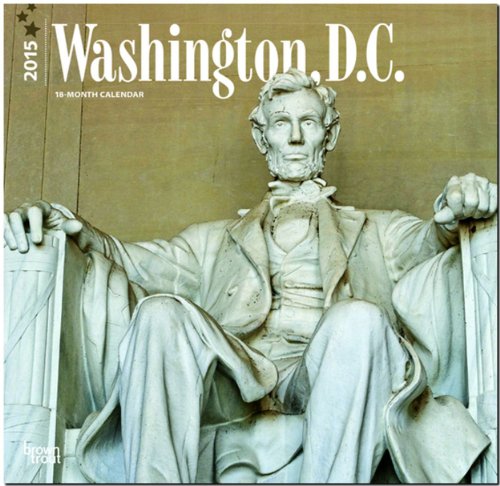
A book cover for Washington, D.C. 2015 Square 12x12; BrownTrout; Calendars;